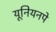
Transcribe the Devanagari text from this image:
यूनियनपे